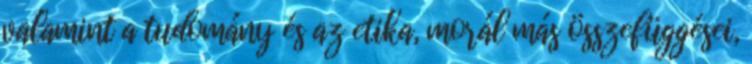
valamint a tudomány és az etika, morál más összefüggései,